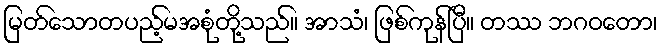
မြတ်သောတပည့်မအစုံတို့သည်။ အာသံ၊ ဖြစ်ကုန်ပြီ။ တဿ ဘဂဝတော၊